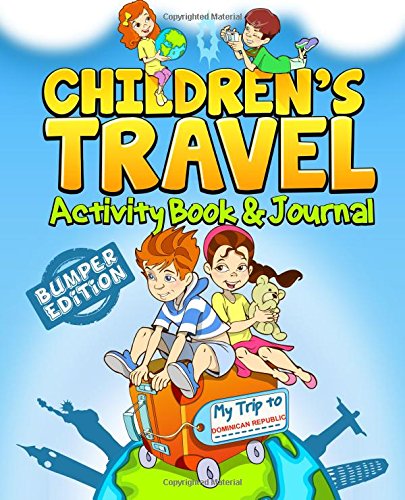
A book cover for Children's Travel Activity Book & Journal: My Trip to the Dominican Republic; TravelJournalBooks; Travel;